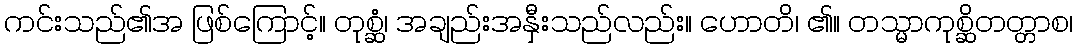
ကင်းသည်၏အ ဖြစ်ကြောင့်။ တုစ္ဆံ၊ အချည်းအနှီးသည်လည်း။ ဟောတိ၊ ၏။ တသ္မာကုစ္ဆိတတ္တာစ၊